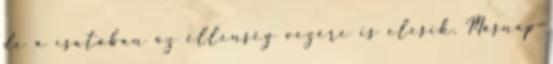
de a csatában az ellenség vezére is elesik. Másnap